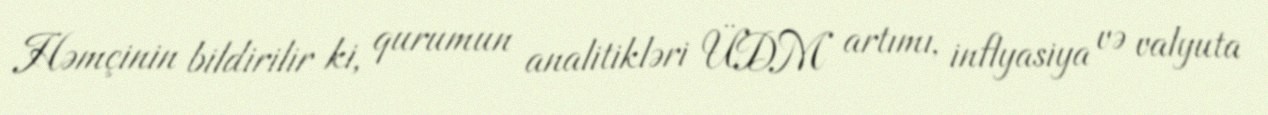
Həmçinin bildirilir ki, qurumun analitikləri ÜDM artımı, inflyasiya və valyuta